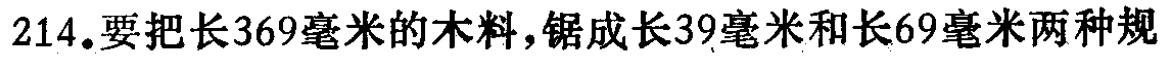
214.要把长369毫米的木料，锯成长39毫米和长69毫米两种规